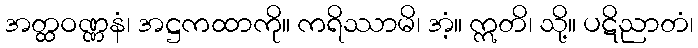
အတ္ထဝဏ္ဏနံ၊ အဋ္ဌကထာကို။ ကရိဿာမိ၊ အံ့။ ဣတိ၊ သို့။ ပဋိညာတံ၊